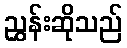
ညွှန်းဆိုသည်